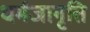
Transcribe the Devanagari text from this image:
धर्मजागृति